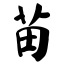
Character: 苗